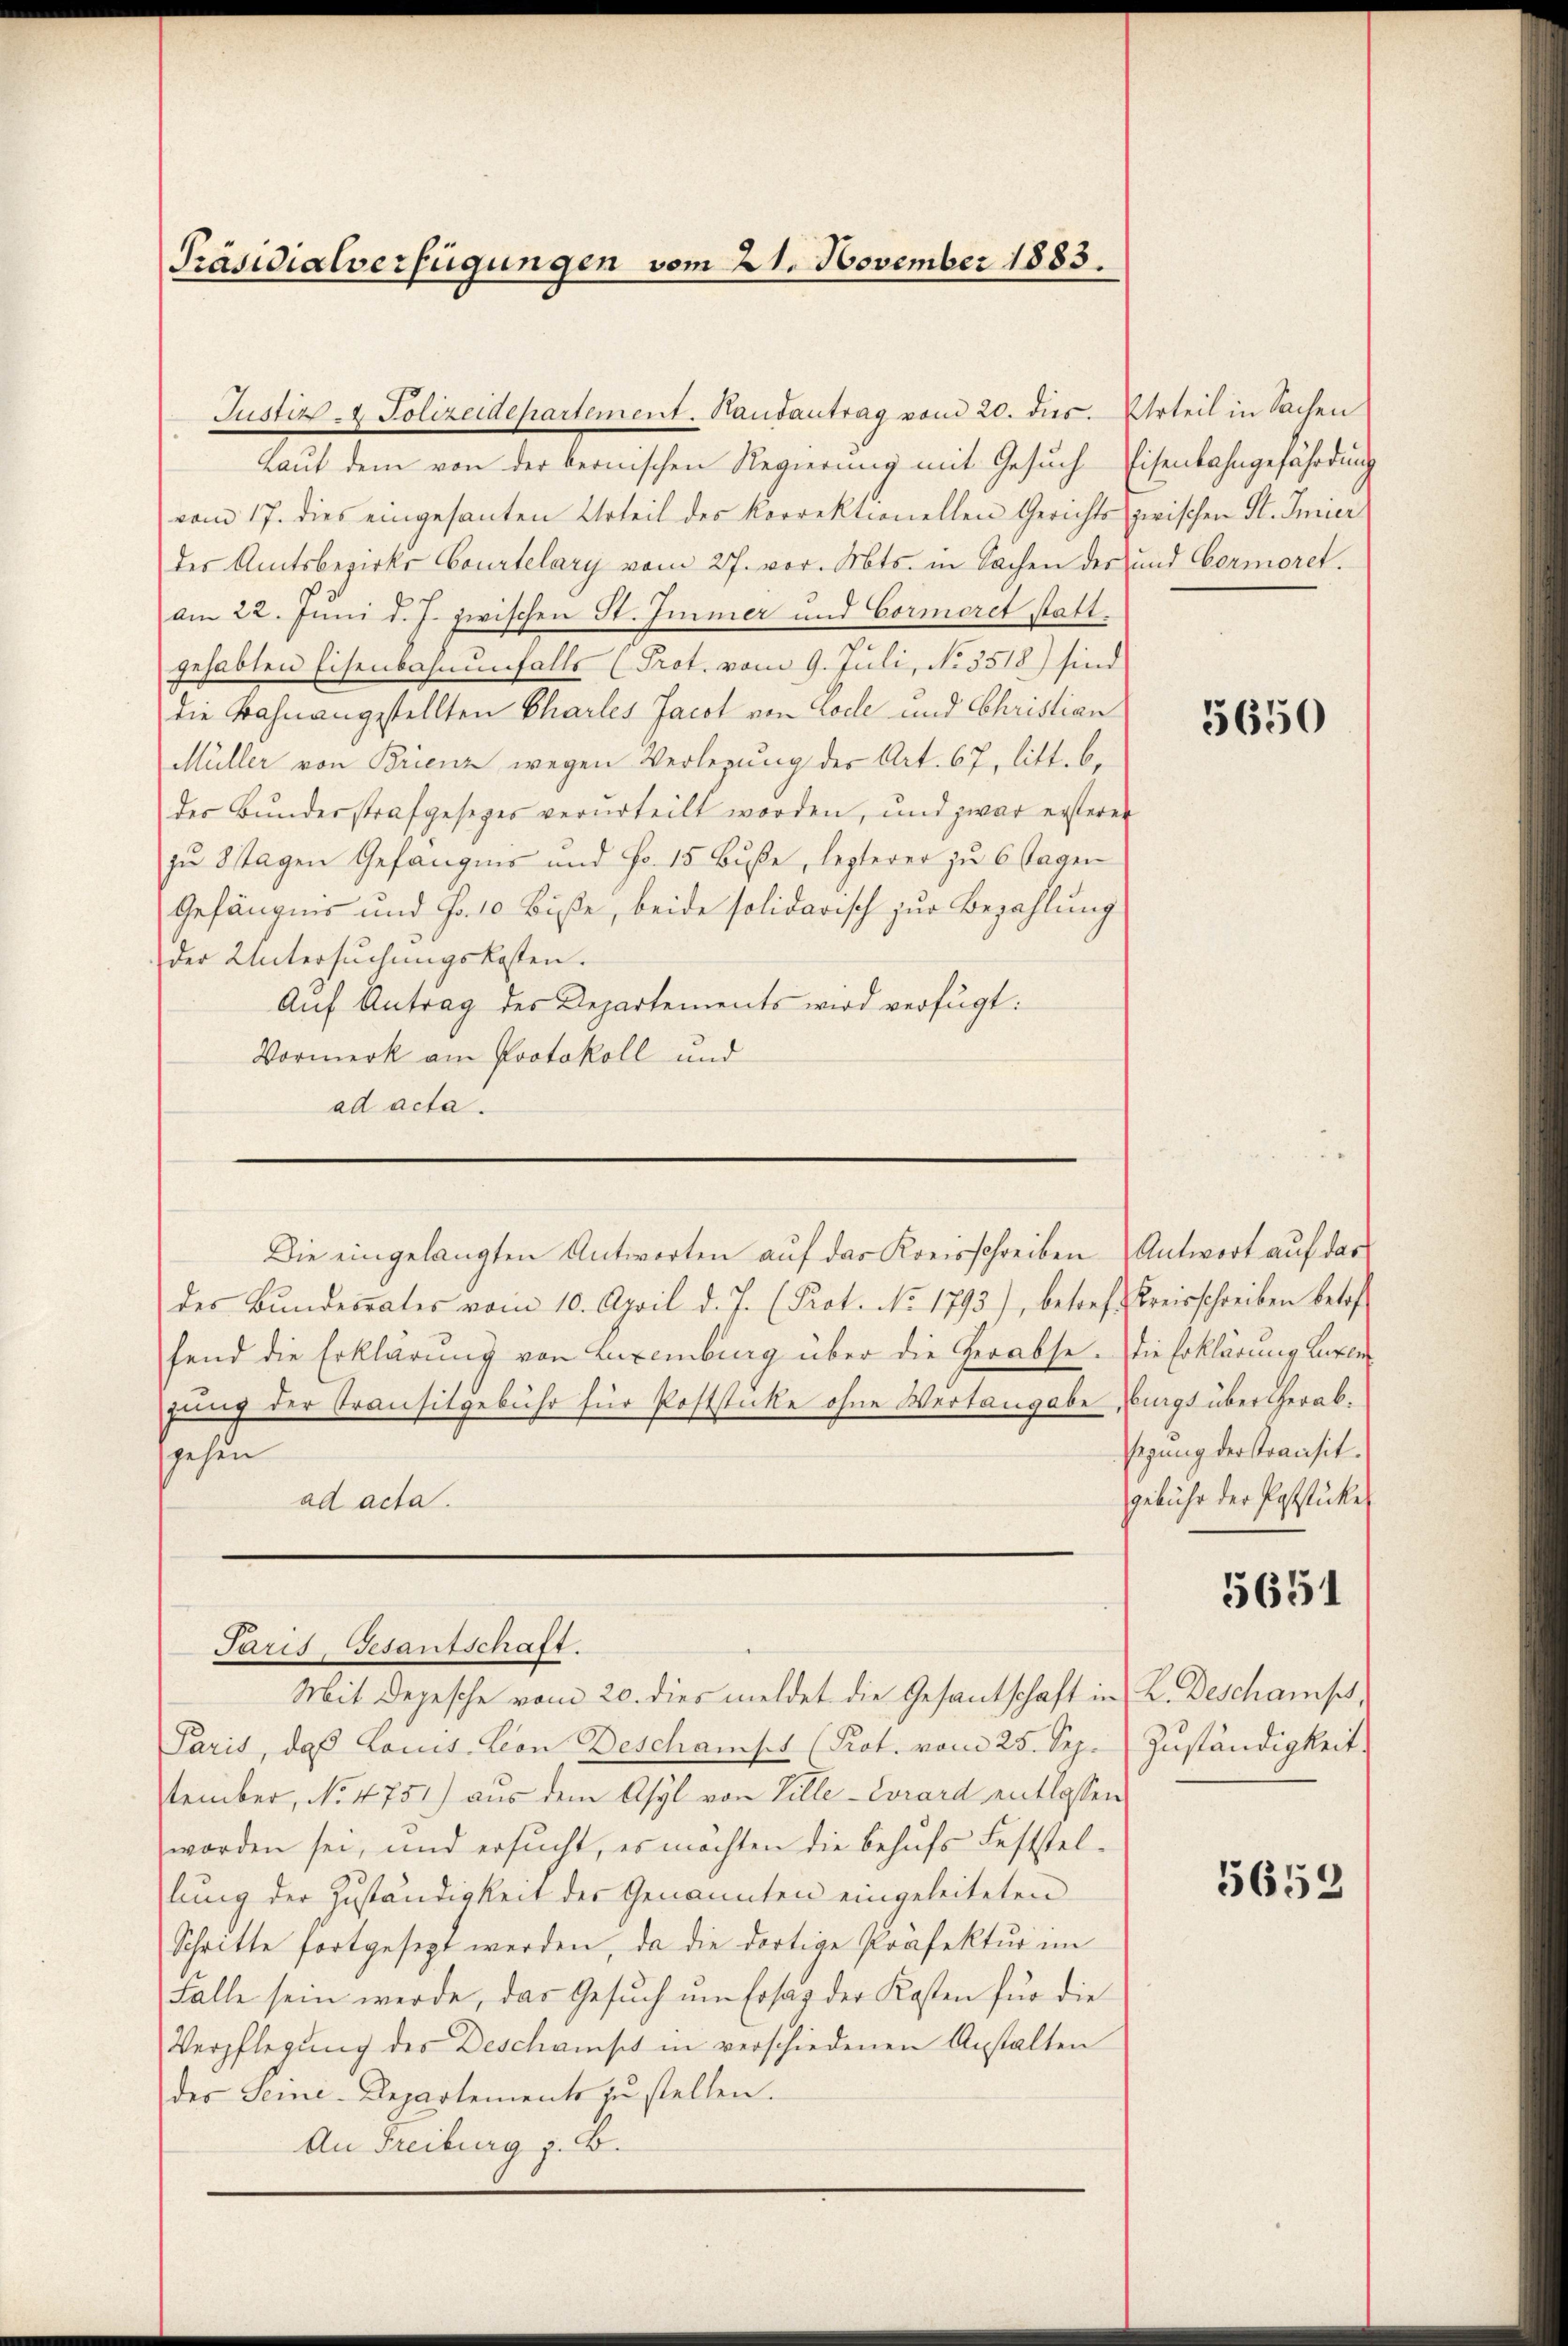
Präsidialverfügungen vom 21. November 1883.

Justiz- & Polizeidepartement. Handantrag vom 20. dies. Urteil in Sachen

Paris, Gesantschaft.

Laut dem von der bernischen Regierung mit Gesuch-Eisenbahngefährdung
vom 17. dies eingesanten Urteil des korrektionellen Gerichts zwischen St. Inner
des Amtsbezirke Courtelary vom 27. vor. Mts. in Sachen der und Cermoret.
am 22. Juni d. J. zwischen St. Immer und Cormoret statt.
gehabten Eisenbahnenfalls (Prot. vom 9. Juli, No. 3518) sind
die Bahnangestellten Charles Jacot von Lode und Christian
Müller von Brienz wegen Verlegung der Art. 67, litt. b.
der Bundesstrafgesetzes verurteilt worden, und zwar ersterer
zu Stagen Gefängnis und Fr. 15 Buße, lezterer zu 6 Tagen
Gefängnis und Fr. 10 Buße, beide solidarisch zur Bezahlung
der Untersuchungskosten.
Aŭf Antrag des Departements wird verfügt:
Vormerk am Protokoll und
ad acta.
Die eingelangten Antworten aŭf das Kreisschreiben Antwort auf das
des Bŭndesrates vom 10. April d. J. (Prot. No. 1793), betref Kreisschreiben betr
fend die Erklärung von Luxenburg über die Herabsegung der Transitgebühr für Poststicke ohne Wertangabe
gehen
ad acta.

Mit Depesche vom 20. dies meldet die Gesantschaft in K. Deschamp,
Paris, daß Louis-Lion Deschampt (Prot. vom 25. Sep.
tember, No. 4751) aus dem Asyl von Ville-Cvrard entlassen
worden sei, und ersucht, es möchten die behufs Feststellung der Zuständigkeit der Genannten eingeleiteten
Schritte fortgesezt werden, da die dortige Präfektur im
Falle sein werde, das Gesuch um Ersag der Kosten für die
Verpflegŭng der Deschamst in verschiedenen Anstalten
des Seini-Departements zu stellen.
An Freiburg z. B.

5650

die Erklärung beren
burgs übertherabsegung derstransit.
gebühr der Poststückes
5651
Zuständigkeit.

5653